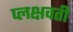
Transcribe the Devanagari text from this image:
प्लक्षवती